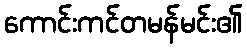
ကောင်းကင်တမန်မင်း၏